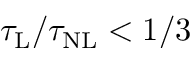
\tau _ { \mathrm { L } } / \tau _ { \mathrm { N L } } < 1 / 3